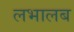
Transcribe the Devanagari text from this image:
लभालब